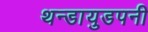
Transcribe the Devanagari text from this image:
थन्डायुडपनी